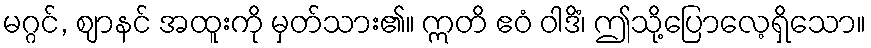
မဂ္ဂင်, ဈာနင် အထူးကို မှတ်သား၏။ ဣတိ ဧဝံ ဝါဒိံ၊ ဤသို့ပြောလေ့ရှိသော။